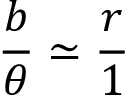
{ \frac { b } { \theta } } \simeq { \frac { r } { 1 } }